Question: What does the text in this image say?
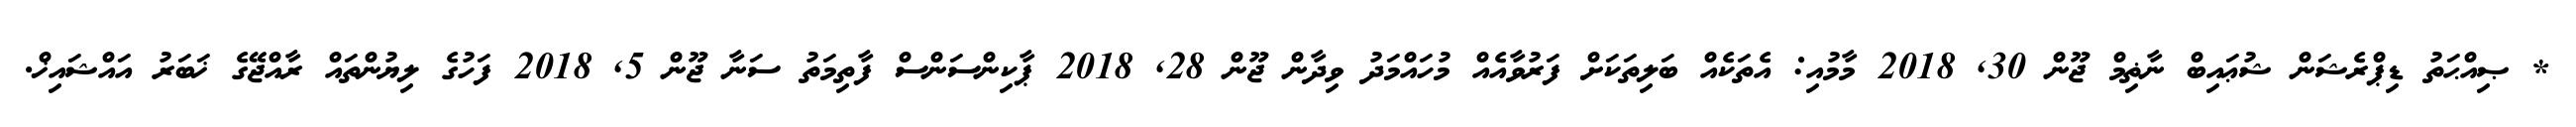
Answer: * ޞިއްޙަތު ޑިޕްރެޝަން ޝުޢައިބް ނާޡިމް ޖޫން 30, 2018 މާމުއި: އެތަކެއް ބަލިތަކަށް ފަރުވާއެއް މުހައްމަދު ވިދާން ޖޫން 28, 2018 ޕާކިންސަންސް ފާތިމަތު ސަނާ ޖޫން 5, 2018 ފަހުގެ ލިޔުންތައް ރާއްޖޭގެ ޚަބަރު އައްޝައިޚް.